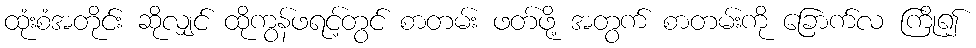
ထုံးစံအတိုင်း ဆိုလျှင် ထိုကွန်ဖရင့်တွင် စာတမ်း ဖတ်ဖို့ အတွက် စာတမ်းကို ခြောက်လ ကြို၍